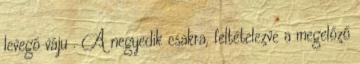
levegő váju . A negyedik csakra, feltételezve a megelőző